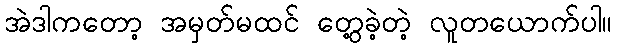
အဲဒါကတော့ အမှတ်မထင် တွေ့ခဲ့တဲ့ လူတယောက်ပါ။